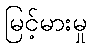
မြင့်မားမှု